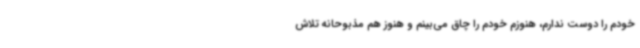
خودم را دوست ندارم، هنوزم خودم را چاق می‌بینم و هنوز هم مذبوحانه تلاش